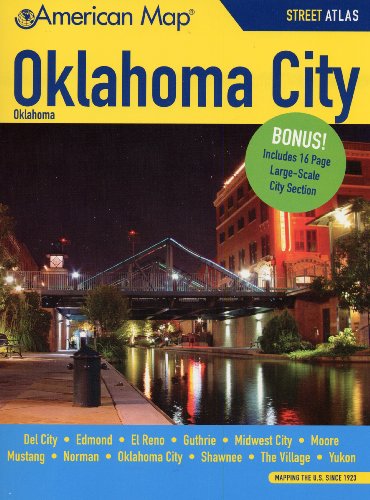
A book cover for Oklahoma City OK Atlas; American Map; Travel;